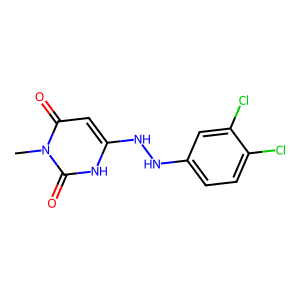
SMILES: Cn1c(=O)cc(NNc2ccc(Cl)c(Cl)c2)[nH]c1=O
Inhibits HIV replication: No